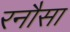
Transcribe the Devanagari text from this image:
रनौसा